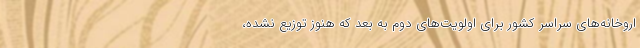
اروخانه‌های سراسر کشور برای اولویت‌های دوم به بعد که هنوز توزیع نشده،